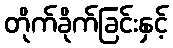
တိုက်ခိုက်ခြင်းနှင့်